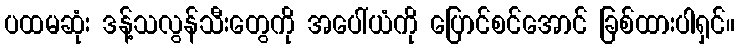
ပထမဆုံး ဒန့်သလွန်သီးတွေကို အပေါ်ယံကို ပြောင်စင်အောင် ခြစ်ထားပါရှင်။